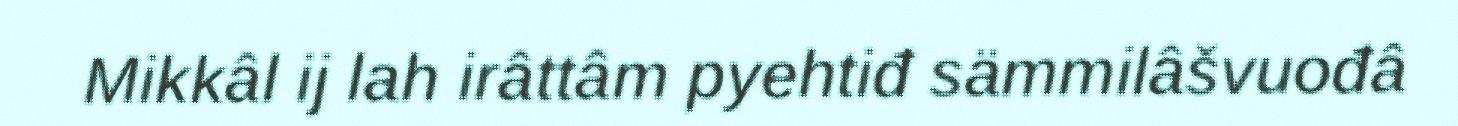
Mikkâl ij lah irâttâm pyehtiđ sämmilâšvuođâ